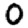
Digit: 0